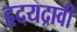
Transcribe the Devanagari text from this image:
हृदयद्रावी